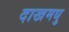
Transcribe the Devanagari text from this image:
दाखमधु